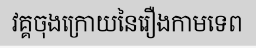
វគ្គចុងក្រោយនៃរឿងកាមទេព